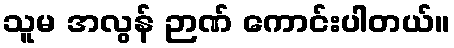
သူမ အလွန် ဉာဏ် ကောင်းပါတယ်။